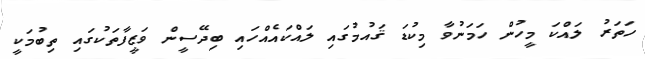
ހަތަރު ލައްކަ މީހުން ހަމަނުވާ މިކުޑަ ޤައުމުގައި ލައްކައެއްހައި ބިދޭސީން ވަޒީފާތަކުގައި ތިބުމަކީ